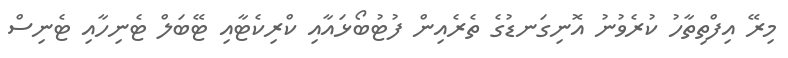
މިރޭ އިފްތިތާހު ކުރެވުނު އޮނިގަނޑުގެ ތެރެއިން ފުޓުބޯޅައާއި ކްރިކެޓާއި ޓޭބަލް ޓެނިހާއި ޓެނިސް